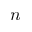
n